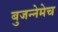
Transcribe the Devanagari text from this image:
बुजन्नेमेच